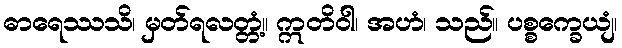
ဓာရေဿသိ၊ မှတ်ရလတ္တံ့။ ဣတိဝါ၊ အဟံ၊ သည်။ ပစ္စက္ခေယျံ၊